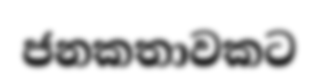
ජනකතාවකට